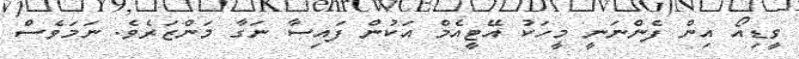
ވީޑިއޯ އިން ފެންނަނީ މީހަކު އޭޓީއެމް އަކުން ފައިސާ ނަގާ މަންޒަރެވެ. ނަމަވެސް